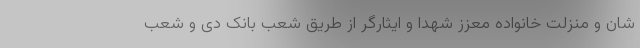
شان و منزلت خانواده معزز شهدا و ایثارگر از طریق شعب بانک دی و شعب